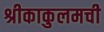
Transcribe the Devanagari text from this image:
श्रीकाकुलमची